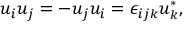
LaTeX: u _ { i } u _ { j } = - u _ { j } u _ { i } = \epsilon _ { i j k } u _ { k } ^ { * } ,